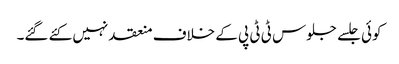
کوئی جلسے جلوس ٹی ٹی پی کے خلاف منعقد نہیں کئے گئے۔